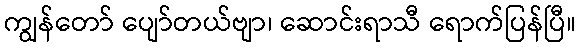
ကျွန်တော် ပျော်တယ်ဗျာ၊ ဆောင်းရာသီ ရောက်ပြန်ပြီ။